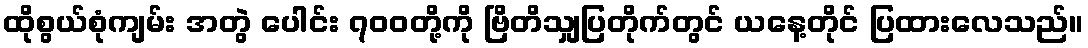
ထိုစွယ်စုံကျမ်း အတွဲ ပေါင်း ၇၀၀တို့ကို ဗြိတိသျှပြတိုက်တွင် ယနေ့တိုင် ပြထားလေသည်။